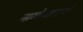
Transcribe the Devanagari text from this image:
नाग्केशाराची